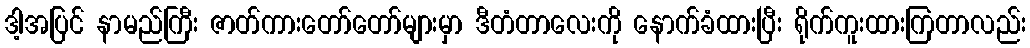
ဒါ့အပြင် နာမည်ကြီး ဇာတ်ကားတော်တော်များမှာ ဒီတံတာလေးကို နောက်ခံထားပြီး ရိုက်ကူးထားကြတာလည်း